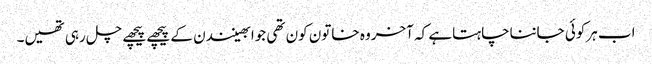
اب ہرکوئی جانناچاہتاہے کہ آخروہ خاتون کون تھی جوابھینندن کے پیچھے پیچھے چل رہی تھیں۔